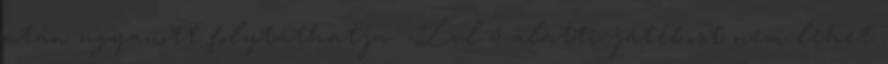
után ugyanott folytathatja. -Lvl 5 alatti játékost nem lehet